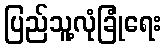
ပြည်သူ့လုံခြုံရေး